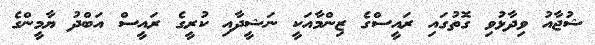
ޝުޖާއު ވިދާޅުވި ގޮތުގައި ރައީސްގެ ޒިންމާއަކީ ނަޝީދާއި ކުރީގެ ރައީސް އަބްދު ޔާމީންގެ